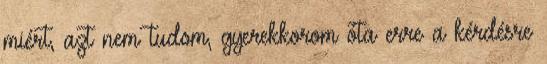
miért, azt nem tudom, gyerekkorom óta erre a kérdésre